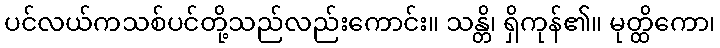
ပင်လယ်ကသစ်ပင်တို့သည်လည်းကောင်း။ သန္တိ၊ ရှိကုန်၏။ မုတ္ထိကော၊